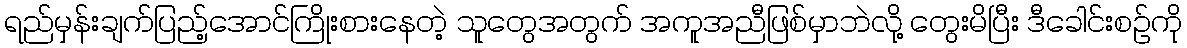
ရည်မှန်းချက်ပြည့်အောင်ကြိုးစားနေတဲ့ သူတွေအတွက် အကူအညီဖြစ်မှာဘဲလို့ တွေးမိပြီး ဒီခေါင်းစဉ်ကို